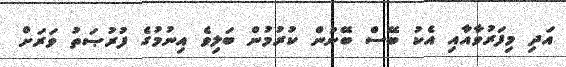
އަދި މިފަރުވާއާއި އެކު ބޭސް ބޭނުން ކުރުމުން ބަލިވެ އިނުމުގެ ފުރުޞަތު ވަރަށް